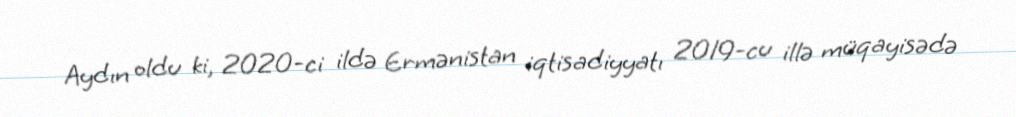
Aydın oldu ki, 2020-ci ildə Ermənistan iqtisadiyyatı 2019-cu illə müqayisədə